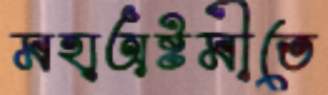
মহাঅষ্টমীতে